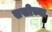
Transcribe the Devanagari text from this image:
सखीच्या